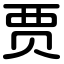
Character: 贾